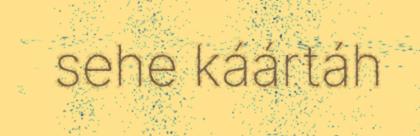
sehe káártáh